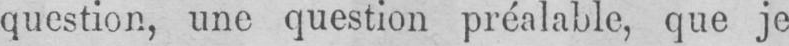
question, une question préalable, que je